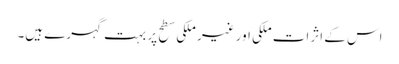
اس کے اثرات ملکی اور غیر ملکی سطح پر بہت گہرے ہیں۔